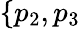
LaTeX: \{ p_{2},p_{3}